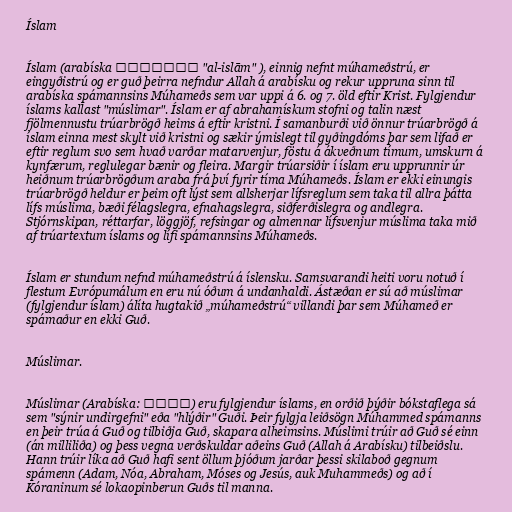
Íslam

Íslam (arabíska الإسلام "al-islām" ), einnig nefnt múhameðstrú, er
eingyðistrú og er guð þeirra nefndur Allah á arabísku og rekur uppruna sinn til
arabíska spámannsins Múhameðs sem var uppi á 6. og 7. öld eftir Krist. Fylgjendur
íslams kallast "múslimar". Íslam er af abrahamískum stofni og talin næst
fjölmennustu trúarbrögð heims á eftir kristni. Í samanburði við önnur trúarbrögð á
íslam einna mest skylt við kristni og sækir ýmislegt til gyðingdóms þar sem lifað er
eftir reglum svo sem hvað varðar matarvenjur, föstu á ákveðnum tímum, umskurn á
kynfærum, reglulegar bænir og fleira. Margir trúarsiðir í íslam eru upprunnir úr
heiðnum trúarbrögðum araba frá því fyrir tíma Múhameðs. Íslam er ekki einungis
trúarbrögð heldur er þeim oft lýst sem allsherjar lífsreglum sem taka til allra þátta
lífs múslima, bæði félagslegra, efnahagslegra, siðferðislegra og andlegra.
Stjórnskipan, réttarfar, löggjöf, refsingar og almennar lífsvenjur múslima taka mið
af trúartextum íslams og lífi spámannsins Múhameðs.

Íslam er stundum nefnd múhameðstrú á íslensku. Samsvarandi heiti voru notuð í
flestum Evrópumálum en eru nú óðum á undanhaldi. Ástæðan er sú að múslimar
(fylgjendur íslam) álíta hugtakið „múhameðstrú“ villandi þar sem Múhameð er
spámaður en ekki Guð.

Múslimar.

Múslimar (Arabíska: مسلم) eru fylgjendur íslams, en orðið þýðir bókstaflega sá
sem "sýnir undirgefni" eða "hlýðir" Guði. Þeir fylgja leiðsögn Múhammed spámanns
en þeir trúa á Guð og tilbiðja Guð, skapara alheimsins. Múslimi trúir að Guð sé einn
(án milliliða) og þess vegna verðskuldar aðeins Guð (Allah á Arabísku) tilbeiðslu.
Hann trúir líka að Guð hafi sent öllum þjóðum jarðar þessi skilaboð gegnum
spámenn (Adam, Nóa, Abraham, Móses og Jesús, auk Muhammeðs) og að í
Kóraninum sé lokaopinberun Guðs til manna.